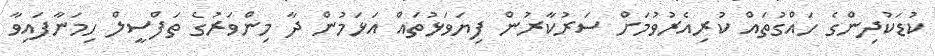
ކުޑަކުދިންގެ ހައްގުތައް ކުރިއެރުވުމަށް ސަރުކާރުން ފިޔަވަޅުތައް އަޅަމުން ދާ މިންވަރުގެ ތަފްސީލް ހިމަނާފައިވާ